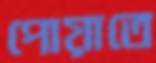
পোয়াতে